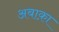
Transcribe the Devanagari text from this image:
अबाक़ा